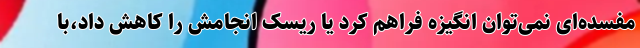
مفسده‌ای نمی‌توان انگیزه فراهم کرد یا ریسک انجامش را کاهش داد،‌با